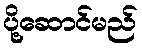
ပို့ဆောင်မည်